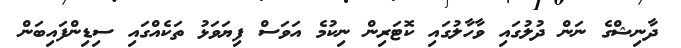
ދާނިޝްގެ ނަން ދުލުގައި ވާހާލުގައިި ކޮޓަރިން ނިކުމެ އަވަސް ފިޔަވަޅު ތަކެއްގައި ސިޑިންފައިބަން